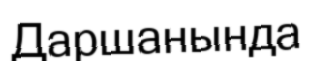
Даршанында